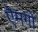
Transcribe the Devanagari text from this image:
ऐमगों